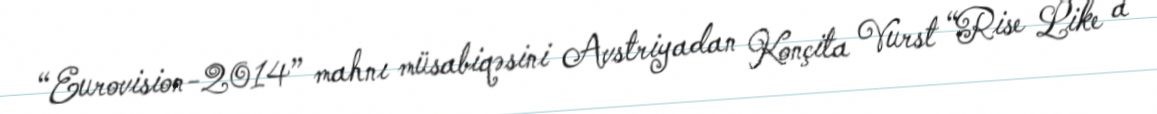
“Eurovision-2014” mahnı müsabiqəsini Avstriyadan Konçita Vurst “Rise Like a